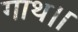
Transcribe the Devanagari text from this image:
गाथ।।